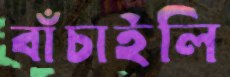
বাঁচাইলি